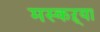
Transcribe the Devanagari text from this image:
मस्कऱ्या